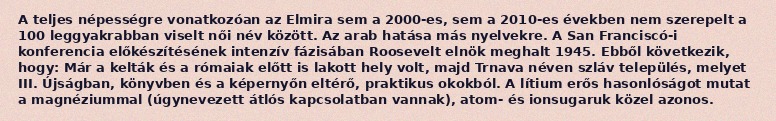
A teljes népességre vonatkozóan az Elmira sem a 2000-es, sem a 2010-es években nem szerepelt a 100 leggyakrabban viselt női név között. Az arab hatása más nyelvekre. A San Franciscó-i konferencia előkészítésének intenzív fázisában Roosevelt elnök meghalt 1945. Ebből következik, hogy: Már a kelták és a rómaiak előtt is lakott hely volt, majd Trnava néven szláv település, melyet III. Újságban, könyvben és a képernyőn eltérő, praktikus okokból. A lítium erős hasonlóságot mutat a magnéziummal (úgynevezett átlós kapcsolatban vannak), atom- és ionsugaruk közel azonos.